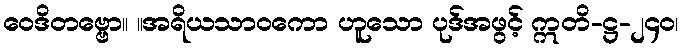
ဝေဒိတဗ္ဗော။ ။အရိယသာဝကော ဟူသော ပုဒ်အဖွင့် ဣတိ-ဋ္ဌ-၂၄၀၊